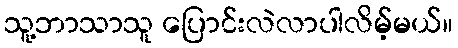
သူ့ဘာသာသူ ပြောင်းလဲလာပါလိမ့်မယ်။